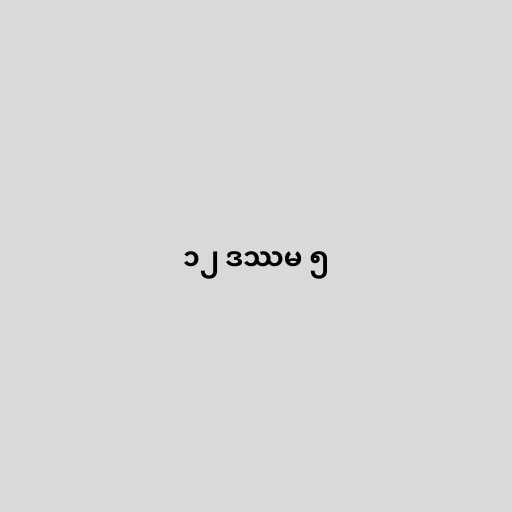
၁၂ ဒဿမ ၅